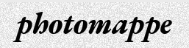
photomappe